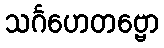
သင်္ဂဟေတဗ္ဗော